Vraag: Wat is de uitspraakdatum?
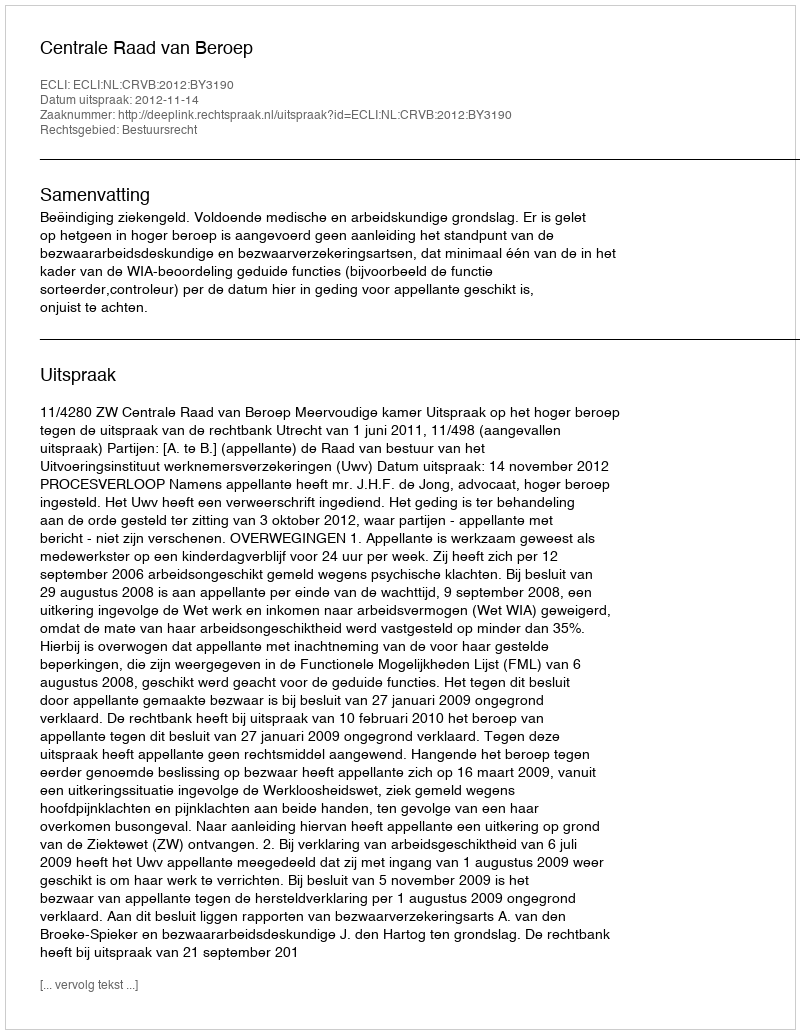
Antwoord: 2012-11-14